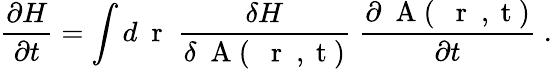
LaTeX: \frac{\partial H}{\partial t}=\int d\mathrm{~\mathbf~r~}\; \frac{\delta H}{\delta\mathrm{~\mathbf~A~}(\mathrm{~{~\mathbf~r~}~,~t~})}\; \frac{\partial\mathrm{~\mathbf~A~}(\mathrm{~{~\mathbf~r~}~,~t~})}{\partial t}\; .